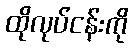
ထိုလုပ်ငန်းကို